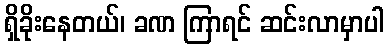
ရှိခိုးနေတယ်၊ ခဏ ကြာရင် ဆင်းလာမှာပါ